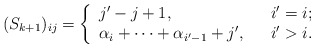
\begin{align*}(S_{k+1})_{ij}= \left\{ \begin{array}{lcl} j'-j+1, & &i'=i; \\ \alpha_i+\cdots+\alpha_{i'-1}+j', & &i'>i. \end{array} \right.\end{align*}